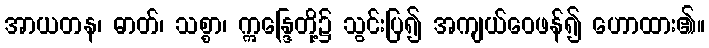
အာယတန၊ ဓာတ်၊ သစ္စာ၊ ဣန္ဒြေတို့၌ သွင်းပြ၍ အကျယ်ဝေဖန်၍ ဟောထား၏။